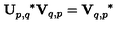
\mathbf { U } _ { p , q } ^ { \quad \ast } \mathbf { V } _ { q , p } = \mathbf { V } _ { q , p } ^ { \quad \ast }